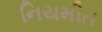
નિયમીત